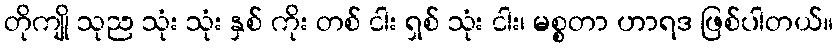
တိုကျို သုည သုံး သုံး နှစ် ကိုး တစ် ငါး ရှစ် သုံး ငါး၊ မစ္စတာ ဟာရဒ ဖြစ်ပါတယ်။